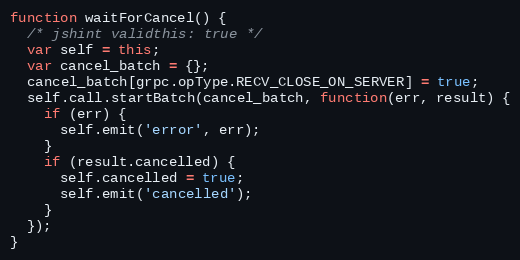
Language: JavaScript
function waitForCancel() {
  /* jshint validthis: true */
  var self = this;
  var cancel_batch = {};
  cancel_batch[grpc.opType.RECV_CLOSE_ON_SERVER] = true;
  self.call.startBatch(cancel_batch, function(err, result) {
    if (err) {
      self.emit('error', err);
    }
    if (result.cancelled) {
      self.cancelled = true;
      self.emit('cancelled');
    }
  });
}